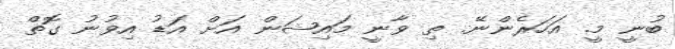
ބުނީ މީ. އަހަރެންނޭ. ތި ވާނީ މައިޝަން އަށް އަޑު އިވުނު ގޮތް